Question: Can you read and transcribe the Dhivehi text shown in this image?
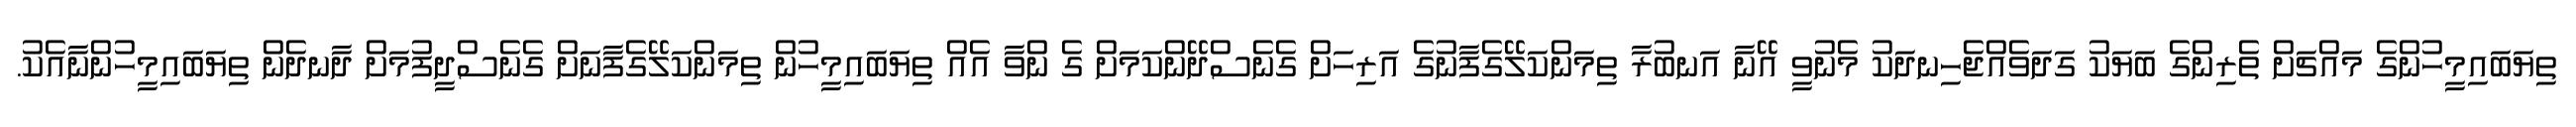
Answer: ތިޔަބައިމީހުންގެ މައްޗަށް ތެރިންގެ ބަޔަކު ގަދަވެއްޖެހިނދަކު މެނުވީ އޭނާ އަނބުރާ ތިމަންކަލޭގެފާނުގެ އަރިހަށް ގެނެސްދޭންކަމަށް ގެ ންވާ އެއް ތިޔަބައިމީހުން ތިމަންކަލޭގެފާނަށް ގެނެސްދީފުމަށް ދާނދެން ތިޔަބައިމީހުންނާއެކު.